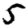
Digit: 5